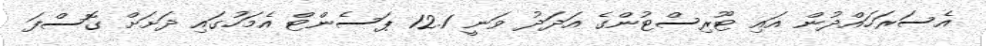
އެސަރަހައްދުން އައި ޓޫރިސްޓުންގެ އަދަދު ވަނީ 12.1 ޕަސެންޓް އެމަހުގައި ދަށަށް ގޮސްފަ